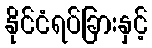
နိုင်ငံရပ်ခြားနှင့်